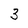
Character: 3